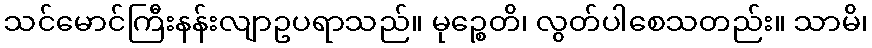
သင်မောင်ကြီးနန်းလျာဥပရာသည်။ မုဉ္စေတိ၊ လွတ်ပါစေသတည်း။ သာမိ၊